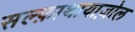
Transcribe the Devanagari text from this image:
सल्फ़ाथायाज़ोल